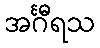
အင်္ဂီရသ